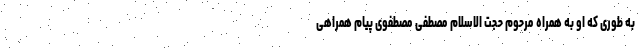
به طوری که او به همراه مرحوم حجت الاسلام مصطفی مصطفوی پیام همراهی